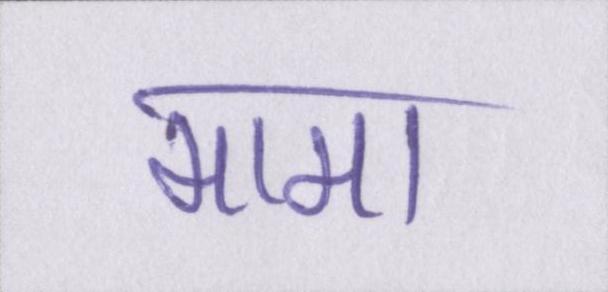
मामा